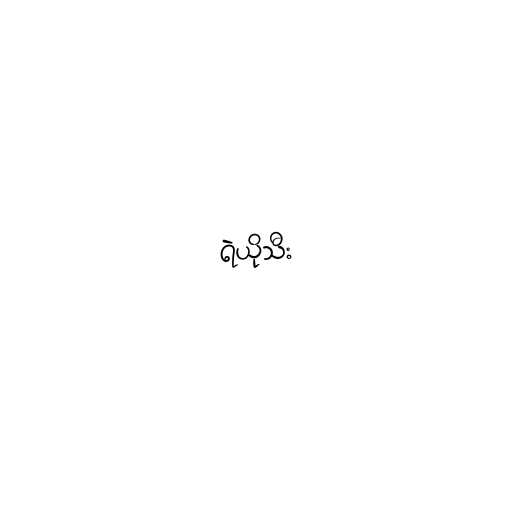
ရဲယိုသီး